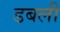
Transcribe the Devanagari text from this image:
डबली